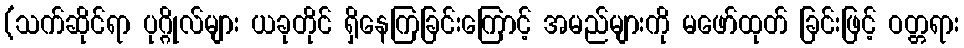
(သက်ဆိုင်ရာ ပုဂ္ဂိုလ်များ ယခုတိုင် ရှိနေကြခြင်းကြောင့် အမည်များကို မဖော်ထုတ် ခြင်းဖြင့် ဝတ္တရား